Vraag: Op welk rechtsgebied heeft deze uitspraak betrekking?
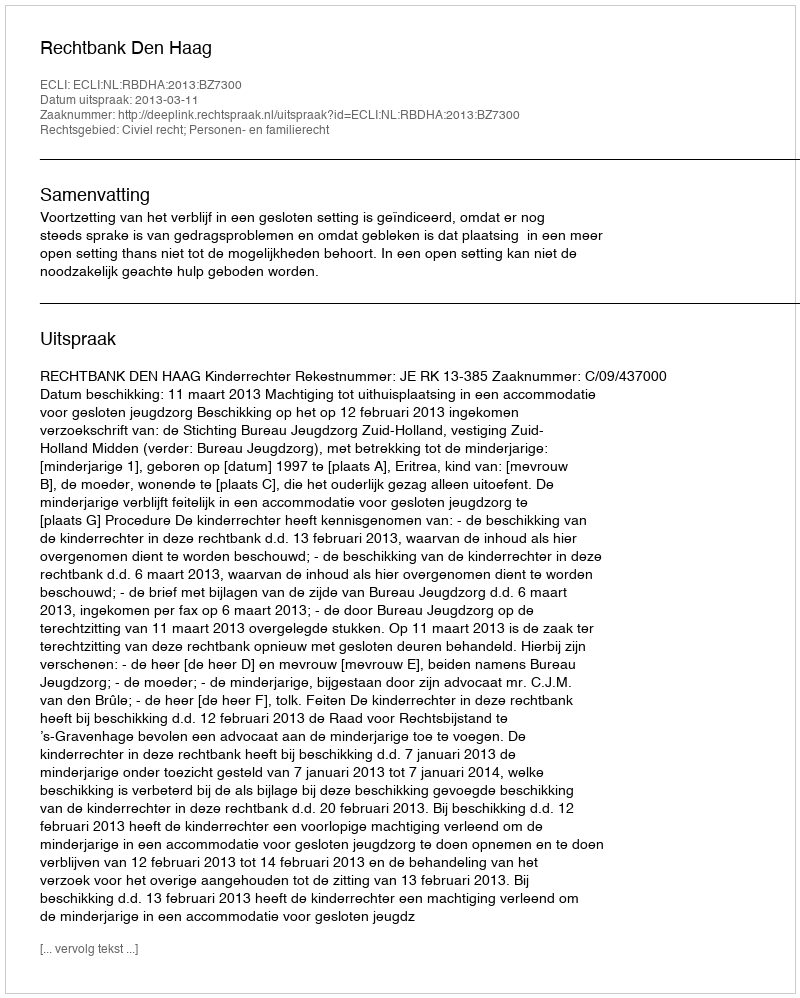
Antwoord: Civiel recht; Personen- en familierecht